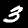
Digit: 3